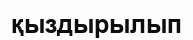
қыздырылып